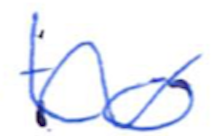
Text: to
Cross-out: wave
Writing tool: ballpoint